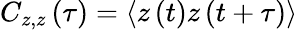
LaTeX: C_{z,z}\left(\tau\right)=\langle z\left(t\right)z\left(t+\tau\right)\rangle